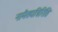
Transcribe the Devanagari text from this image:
नामैतद्यत्रिरिति